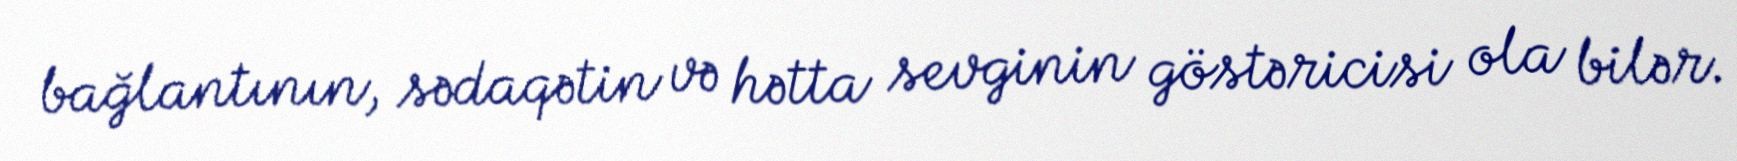
bağlantının, sədaqətin və hətta sevginin göstəricisi ola bilər.